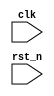
module exp_without_en
(
    input clk,
    input rst_n
);

    reg [3:0] c1;
    reg en;
    reg [1:0] i;
    
    always @(posedge clk or negedge rst_n)
    begin
        if(~rst_n)
        begin
            c1 <= 4'd0;
            en <= 1'b0;
            i <= 2'd0;
        end
        else
        begin
            case(i)
                
                /*
                //1bit
                0:
                if(c1 == 10-1) begin  c1 <= 4'd0; en <= 1'b0; i <= i + 1'b1; end
                else begin c1 <= c1 + 1'b1; en <= 1'b1; end
                */
                
                0,1:
                //2bit
                if(c1 == 10-1) begin  c1 <= 4'd0; en <= 1'b0; i <= i + 1'b1; end
                else begin c1 <= c1 + 1'b1; en <= 1'b1; end
                
                2:
                begin i <= 2'd0; end
                
            endcase
        end
    end
    
endmodule